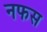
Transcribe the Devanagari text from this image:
नफस